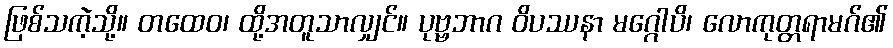
ဖြစ်သကဲ့သို့။ တထေဝ၊ ထို့အတူသာလျှင်။ ပုဗ္ဗဘာဂ ဝိပဿနာ မဂ္ဂေါပိ၊ လောကုတ္တရာမဂ်၏